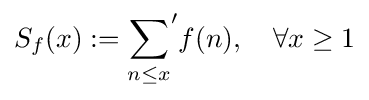
S_{f}(x):={\sum _{n\leq x}}^{\prime }f(n),\quad \forall x\geq 1